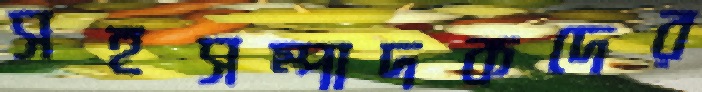
সহসম্পাদকদের